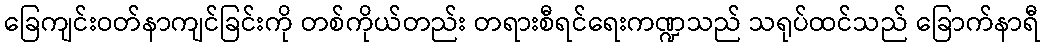
ခြေကျင်းဝတ်နာကျင်ခြင်းကို တစ်ကိုယ်တည်း တရားစီရင်ရေးကဏ္ဍသည် သရုပ်ထင်သည် ခြောက်နာရီ